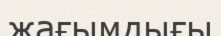
жағымдығы